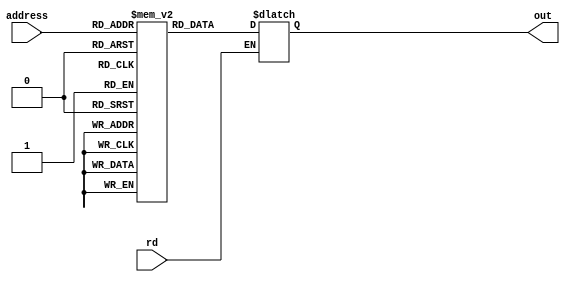
`timescale 1ns / 1ps


module ROM(address,rd,out);
	input [3:0] address;
	reg [3:0] temp [15:0];
	input rd;
	output reg [3:0] out;
	
	initial
	begin
		temp[4'b0000] = 4'b1011;
		temp[4'b0001] = 4'b0011;
		temp[4'b0010] = 4'b1101;
		temp[4'b0011] = 4'b1000;
		temp[4'b0100] = 4'b1000;
		temp[4'b0101] = 4'b1001;
		temp[4'b0110] = 4'b0010;
		temp[4'b0111] = 4'b0001;
		temp[4'b1000] = 4'b0000;
		temp[4'b1001] = 4'b1110;
		temp[4'b1010] = 4'b0110;
		temp[4'b1011] = 4'b0101;
		temp[4'b1100] = 4'b0111;
		temp[4'b1101] = 4'b0100;
		temp[4'b1110] = 4'b1100;
		temp[4'b1111] = 4'b1111;
	end
	
	always@(address)
	begin
		if(rd) begin
			out = temp[address];
		end
	end

endmodule